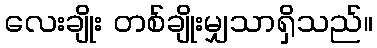
လေးချိုး တစ်ချိုးမျှသာရှိသည်။